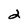
Character: 2